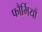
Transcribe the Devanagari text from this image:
फौर्मियों